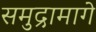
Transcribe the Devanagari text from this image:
समुद्रामागे